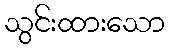
သွင်းထားသော